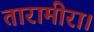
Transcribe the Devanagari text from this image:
तारामीरा।